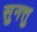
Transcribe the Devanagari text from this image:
सुनत्तु